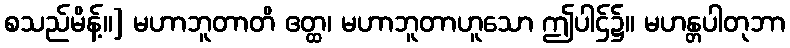
စသည်မိန့်။] မဟာဘူတာတိ ဧတ္ထ၊ မဟာဘူတာဟူသော ဤပါဌ်၌။ မဟန္တပါတုဘာ